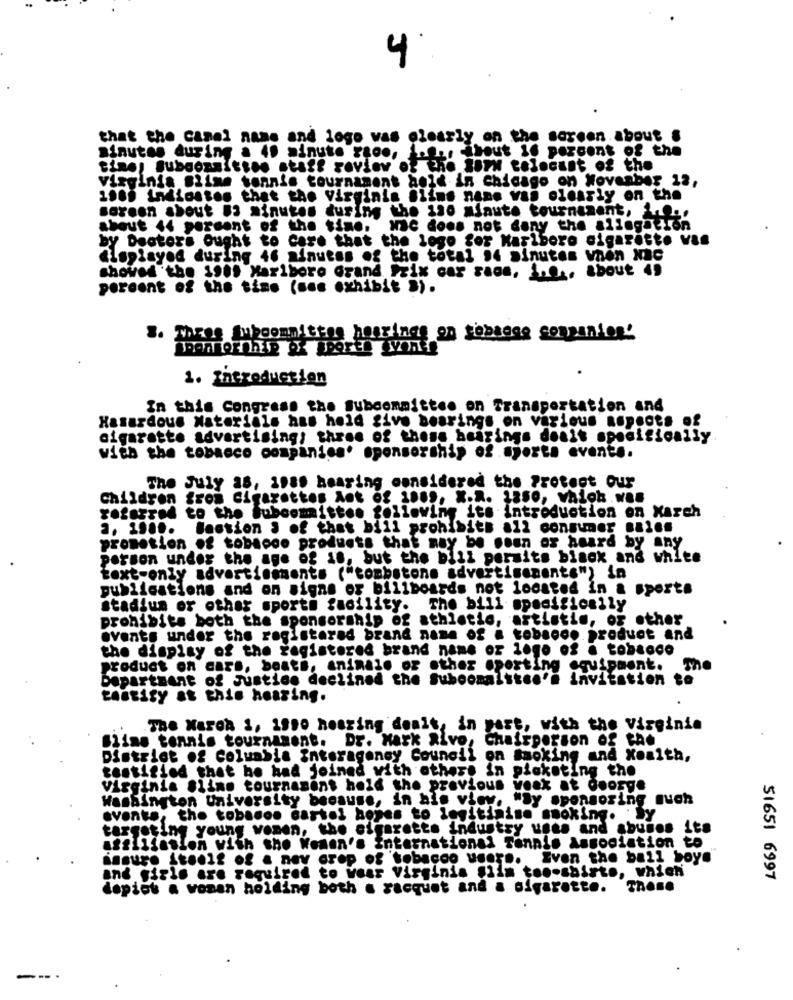
that the canal nase and logo vas elearly on the screen about .
minutes during a 40 minute raco, i.e ., about if percent of the
time, subaonsitten staff review of the Show tolocust of the
virginia miine tennis tournament hold in chicago on November 12,
1900 Indiostos that the Virginis Blims nane vas olearly on the
sereon about #3 minutes during the 120 minute tournament, 1 ...
about 44 percent of the time. Nc does not dany the allegation
by Doctors Ought to care that the logo for Marlboro sigarette vis
displayed during 46 minutes of the total 94 minutes vnen Nac
shoved 'the 19 .. Marlboro Grand Prix car race, i ..., about 49
percent of the time (sas exhibit »).
3. Thres Subcommittee hearings on sebases companies'
1. Introduction
In this Congress the subcommittee on Transportation and
Hazardous Materials has held five bearings on various aspects of
cigarette advertising; three of those bearings don't specifically
with the tobacco companies. sponsorship of sports events.
The July as, 1980 hearing considered the Protect Our
Children from cigarettes Ant of ass, x.2. 1350, which.w ..
referred to the Subcommittee following its introduction on Xarch
3. 1500. Bastion J of that bill prohibits all consumer sales
promotion of tobacco products that may be seen or heard by any
person under the age of is, but the bill permits binck and white
text-only advertisements ("tombstone advertisements") in
publications and on signs of billboards not located in & sports
stadium or other sports facility. The bill specifically
prohibits both the sponsorship of athletic, artistin, or other
events under the registerad brand name of a tobacco product and
the display of the registered brand name or logo of a tobacco
product on cars, boath, animals or other sporting equipment.
The
Department of Justice declined the Suboonaist .. '
Vitation to
testify at this hearing.
The Naroa 1, 1990 hearing denit, in past, with the Virginie
Slime tennis tournament. Dr. Mark Rivo, Chairperson of the
District of Columbia Interagency Council on Smoking and Xoaith,
testified that he had joined with others in pisketing the
Virginia Sline tournament hold the previous vosk at George
Washington University because, in his view. "Sy sponsoring much
events, the tobamon dartol hopes to legitimise smoking. ' by
targeting young women, the cigarette industry uses and abunos its
atglifasion with sho Women's international Tennis Association to
assure itself of a nev crop of tobacco users. Even the ball boye
and girls are required to wear Virginia siis too-shirte, which
51651 6997
dopiot a woman holding both a racquet and a sigarette. These